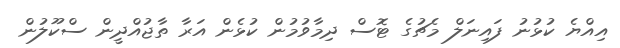
އިއްޔެ ކުޅުނު ފައިނަލް މެޗުގެ ޓޮސް ދިމާވުމުން ކުޅެން އަރާ ތާޖުއްދީން ސްކޫލުން